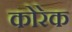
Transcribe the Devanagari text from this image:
कोरेक